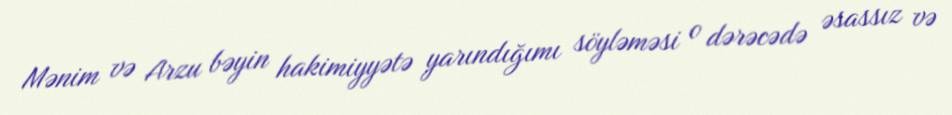
Mənim və Arzu bəyin hakimiyyətə yarındığımı söyləməsi o dərəcədə əsassız və